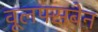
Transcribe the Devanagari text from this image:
वूलफ्सबेन